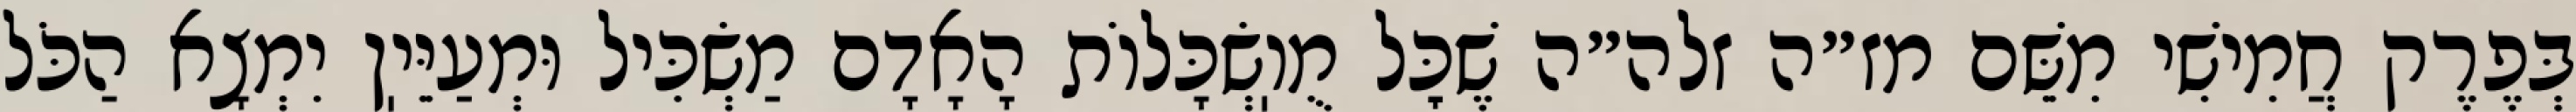
בְּפֶרֶק חֲמִישִׁי מִשֵּׁם מז״ה זלה״ה שֶׁכׇּל מֻוֽשְׂכָּלוֹת הָאָדָם מַשְׂכִּיל וּמְעַיֵּיֽן יִמְצָא הַכֹּל